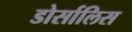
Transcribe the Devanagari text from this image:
डोर्सालिस